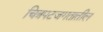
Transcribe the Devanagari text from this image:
चित्रपटजगतातील